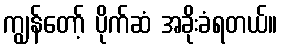
ကျွန်တော့် ပိုက်ဆံ အခိုးခံရတယ်။